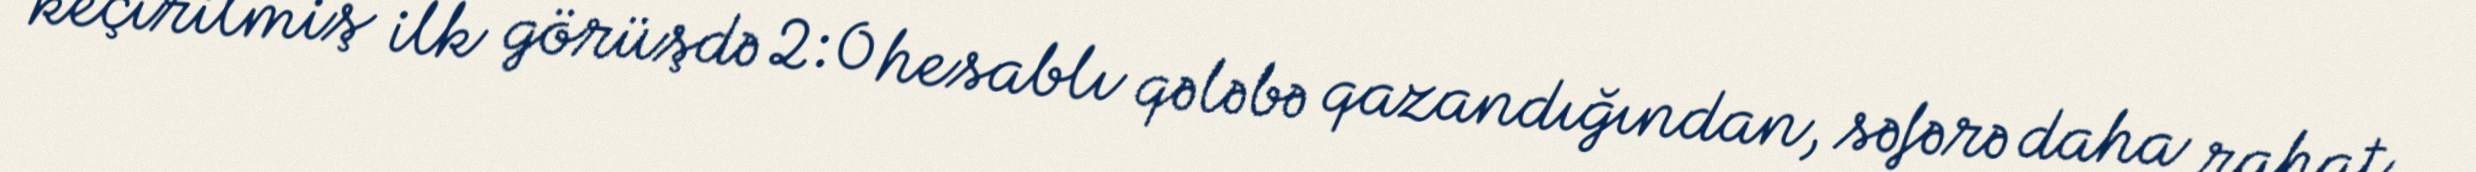
keçirilmiş ilk görüşdə 2:0 hesablı qələbə qazandığından, səfərə daha rahat